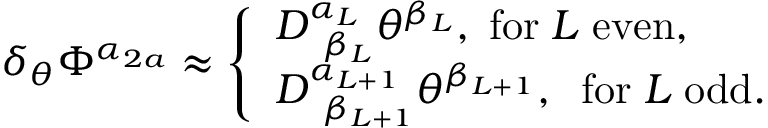
\delta _ { \theta } \Phi ^ { \alpha _ { 2 a } } \approx \left\{ \begin{array} { l } { { D _ { \; \; \beta _ { L } } ^ { \alpha _ { L } } \theta ^ { \beta _ { L } } , \; \mathrm { f o r } \; L \; \mathrm { e v e n } , } } \\ { { D _ { \; \; \beta _ { L + 1 } } ^ { \alpha _ { L + 1 } } \theta ^ { \beta _ { L + 1 } } , \; \; \mathrm { f o r } \; L \; \mathrm { o d d } . } } \end{array} \right.